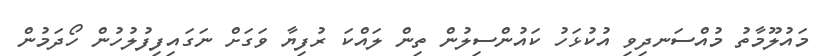
މައުލޫމާތު މުއްސަނދިވި އުކުޅަހު ކައުންސިލުން ތިން ލައްކަ ރުފިޔާ ވަގަށް ނަގައިފިފުލުހުން ހޯދަމުން